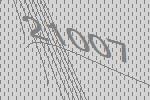
21007